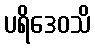
ပရိဒေဝသိ